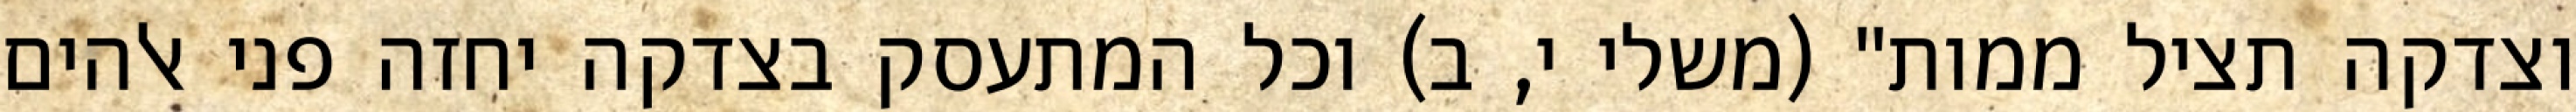
וצדקה תציל ממות" (משלי י, ב) וכל המתעסק בצדקה יחזה פני אלהים